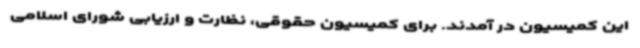
این کمیسیون در آمدند. برای کمیسیون حقوقی، نظارت و ارزیابی شورای اسلامی